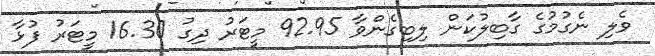
ވެލި ނެގުމުގެ ގާބިލުކަން ލިބިގެންވާ 92.95 މީޓަރު ދިގު 16.30 މީޓަރު ފުޅާ